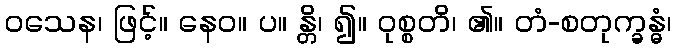
ဝသေန၊ ဖြင့်။ နေဝ။ ပ။ န္တိ၊ ၍။ ဝုစ္စတိ၊ ၏။ တံ-စတုက္ခန္ဓံ၊